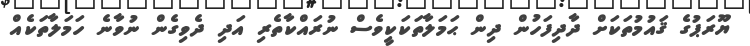
ޔޫރަޕުގެ ޤައުމުތަކަށް ދާދިފަހުން ދިން ޙަމަލާތަކަކީވެސް ނުރައްކާތެރި އަދި ދެވިގެން ނުވާނެ ހަމަލާތަކެއް